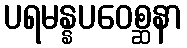
ပရမန္နပဝေစ္ဆနာ